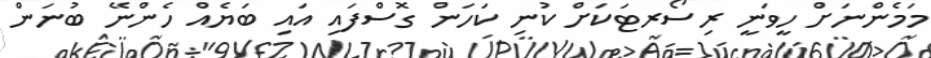
މަމެންނަށް ހީވަނީ ރިސޯރޓަކަށް ކުނި ކަހަން ގޮސްފައި އައި ބަޔެއް ހެންނޭ ބުނަން